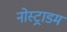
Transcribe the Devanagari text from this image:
नोस्ट्राडम